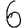
Digit: 6